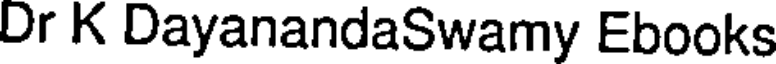
Dr K DayanandaSwamy Ebooks